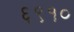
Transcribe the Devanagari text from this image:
६९१०